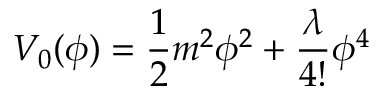
V _ { 0 } ( \phi ) = \frac { 1 } { 2 } m ^ { 2 } \phi ^ { 2 } + \frac { \lambda } { 4 ! } \phi ^ { 4 }